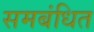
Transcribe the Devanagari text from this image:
समबंधित